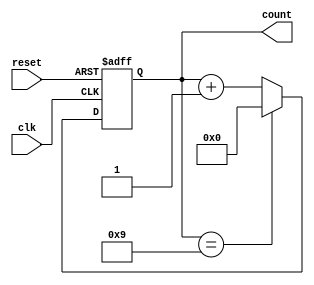
module DecadeCounter (
    input wire clk,         // Clock input
    input wire reset,       // Asynchronous reset input
    output reg [3:0] count  // 4-bit count output
);

// Always block triggered on the rising edge of the clock or on reset
always @(posedge clk or posedge reset) begin
    if (reset) begin
        // Asynchronous reset
        count <= 4'b0000; // Reset the count to 0
    end else begin
        // Count logic
        if (count == 4'b1001) begin
            count <= 4'b0000; // Reset to 0 when count reaches 10 (binary 1010)
        end else begin
            count <= count + 1; // Increment the count
        end
    end
end

endmodule